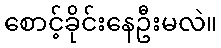
စောင့်ခိုင်းနေဦးမလဲ။